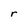
Character: r